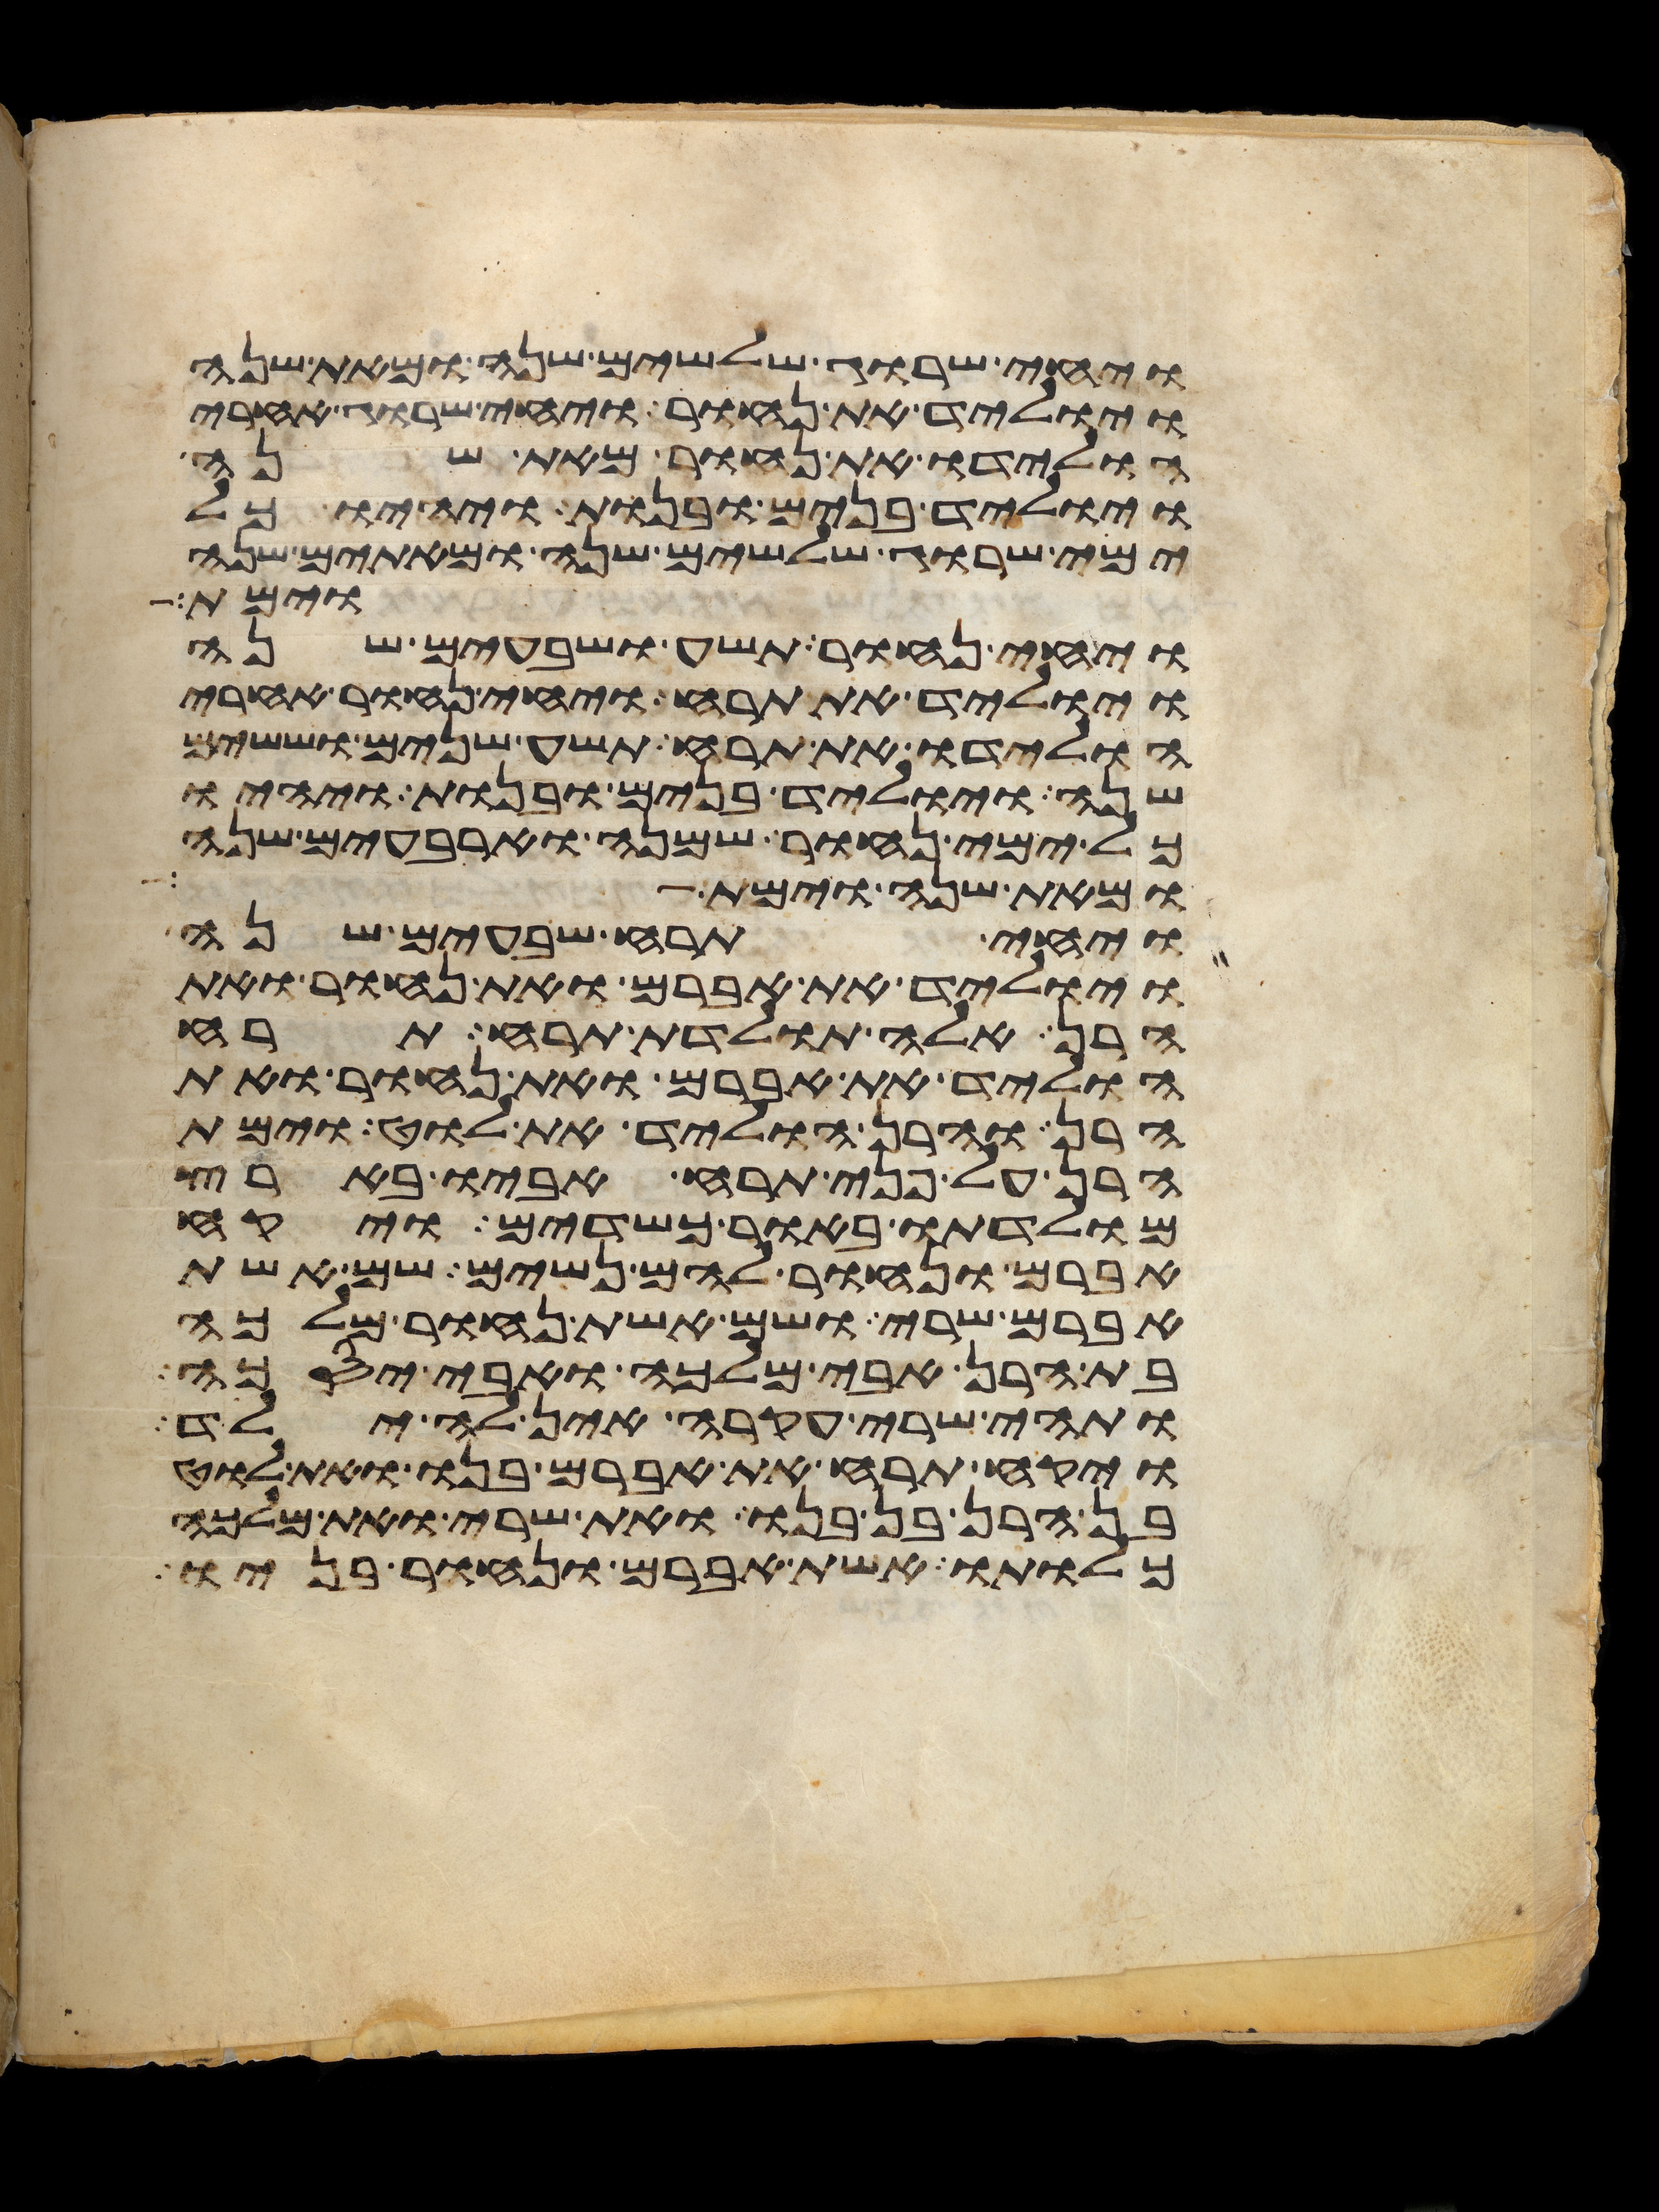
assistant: ויחי שרוג שלשים שנה ומאת שנה
ויוליד את נחור ויחי שרוג אחרי
הולידו את נחור מאת שנה
ויוליד בנים ובנות ויהיו כל
ימי שרוג שלשים שנה ומאתים שנה
וימת
ויחי נחור תשע ושבעים שנה
ויוליד את תרח ויחי נחור אחרי
הולידו את תרח תשע שנים וששים
שנה ויוליד בנים ובנות ויהיו
כל ימי נחור שמנה וארבעים שנה
ומאת שנה וימת
ויחי תרח שבעים שנה
ויוליד את אברם ואת נחור ואת
הרן אלה תולדת תרח תרח
הוליד את אברם ואת נחור ואת
הרן והרן הוליד את לוט וימת
הרן על פני תרח אביו בארץ
מולדתו באור כשדים ויקח
אברם ונחור להם נשים שם אשת
אברם שרי ושם אשת נחור מלכה
בת הרן אבי מלכה ואבי יסכה
ותהי שרי עקרה אין לה ילד
ויקח תרח את אברם בנו ואת לוט
בן הרן בן בנו ואת שרי ואת מלכה
כלותו אשת אברם ונחור בניו